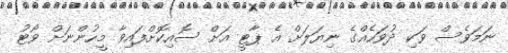
ނަމަވެސް ވަކި ދުވަހެއްގެ ނިޔަލަށް އެ ޕާޓީ އަށް ސޮއިކޮށްފައިވާ މީހުންނަށް ވޯޓު